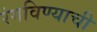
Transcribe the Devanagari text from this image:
रंगविण्याची